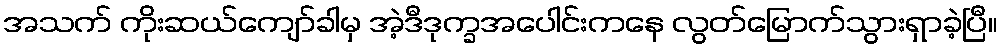
အသက် ကိုးဆယ်ကျော်ခါမှ အဲ့ဒီဒုက္ခအပေါင်းကနေ လွတ်မြောက်သွားရှာခဲ့ပြီ။